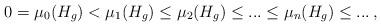
LaTeX: \begin{align*}0=\mu_0(H_g)<\mu_{1}(H_g)\leq\mu_{2}(H_g)\leq...\leq\mu_{n}(H_g)\leq...\,,\end{align*}